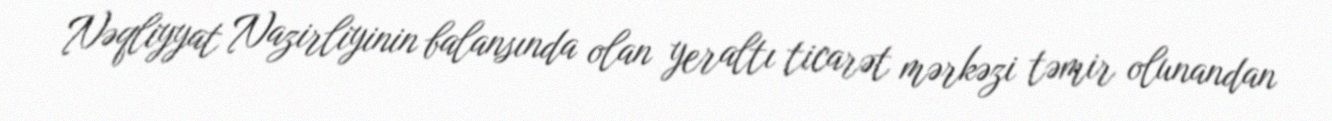
Nəqliyyat Nazirliyinin balansında olan yeraltı ticarət mərkəzi təmir olunandan